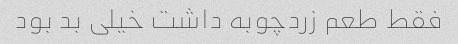
فقط طعم زردچوبه داشت خیلی بد بود